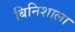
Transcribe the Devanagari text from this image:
बिनिशाला